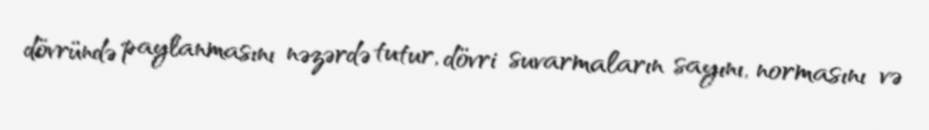
dövründə paylanmasını nəzərdə tutur, dövri suvarmaların sayını, normasını və